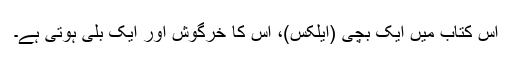
اس كتاب میں ایک بچی (ایلکس)، اس کا خرگوش اور ایک بلی ہوتی ہے۔